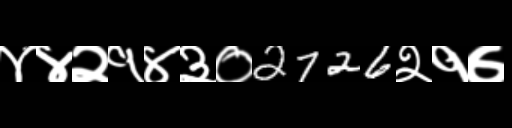
Text: ४४२१४३०2726२१७